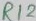
Text: R12